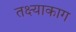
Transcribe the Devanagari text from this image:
तक्ष्याकाग